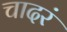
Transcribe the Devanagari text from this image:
चादरं